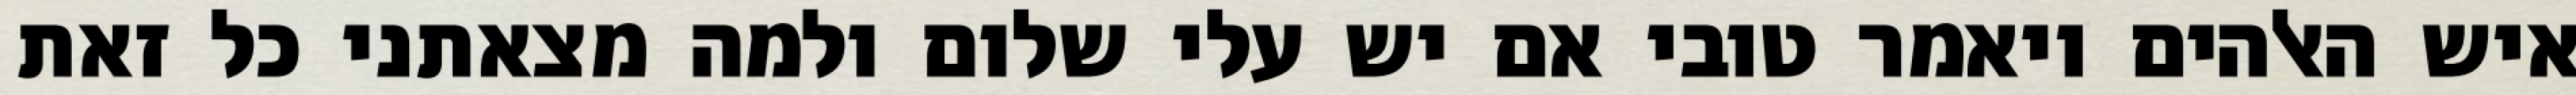
איש האלהים ויאמר טובי אם יש עלי שלום ולמה מצאתני כל זאת